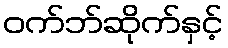
ဝက်ဘ်ဆိုက်နှင့်